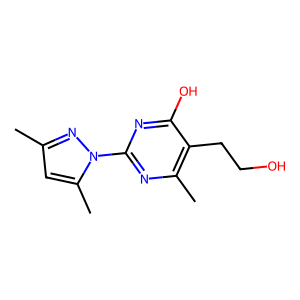
SMILES: Cc1cc(C)n(-c2nc(C)c(CCO)c(O)n2)n1
Inhibits HIV replication: No